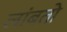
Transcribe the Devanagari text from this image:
लांबतो